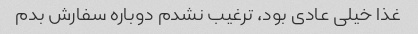
غذا خیلی عادی بود، ترغیب نشدم دوباره سفارش بدم